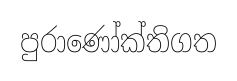
පුරාණෝක්තිගත